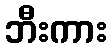
ဘီးကား